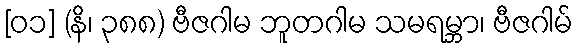
[၀၁] (နိ၊ ၃၈၈) ဗီဇဂါမ ဘူတဂါမ သမရမ္ဘာ၊ ဗီဇဂါမ်